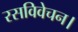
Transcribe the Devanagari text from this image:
रसविवेचन।